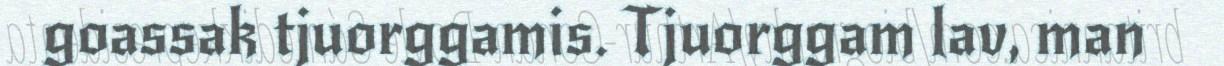
goassak tjuorggamis. Tjuorggam lav, man